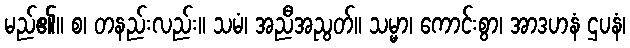
မည်၏။ စ၊ တနည်းလည်း။ သမံ၊ အညီအညွတ်။ သမ္မာ၊ ကောင်းစွာ၊ အာဒဟနံ ဌပနံ၊